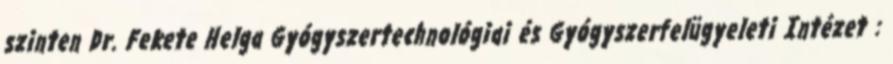
szinten Dr. Fekete Helga Gyógyszertechnológiai és Gyógyszerfelügyeleti Intézet :